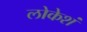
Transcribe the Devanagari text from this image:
लोकेशं